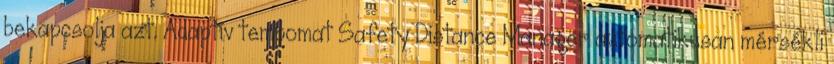
bekapcsolja azt. Adaptív tempomat Safety Distance Manager automatikusan mérsékli